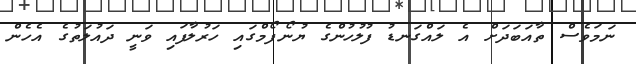
ނަމަވެސް ތާއަބަދަށް އެ ލައްގަނޑު ފުލުހުންގެ ޔުނޯފޯމްގައި ހަރުލާފައި ވަނީ ދައުލަތުގެ އެހެން